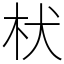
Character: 枤